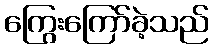
ကြွေးကြော်ခဲ့သည်